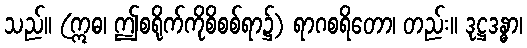
သည်။ (ဣဓ၊ ဤစရိုက်ကိုစိစစ်ရာ၌) ရာဂစရိတော၊ တည်း။ ဒုဋ္ဌဒန္ဓာ၊